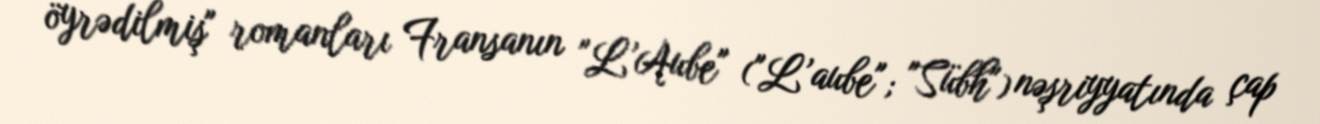
öyrədilmiş" romanları Fransanın "L’Aube" ("L’aube"; "Sübh") nəşriyyatında çap